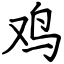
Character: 鸡